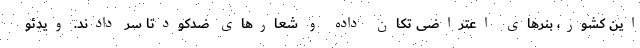
این کشور، بنرهای اعتراضی تکان داده و شعارهای ضدکودتا سر دادند. ویدئو